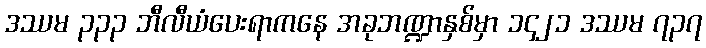
ဒဿမ ၃၃၃ ဘီလီယံပေးရာကနေ အခုဘဏ္ဍာနှစ်မှာ ၁၄၂၁ ဒဿမ ၇၃၇